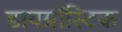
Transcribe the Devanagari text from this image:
डायग्नॉस्टिक